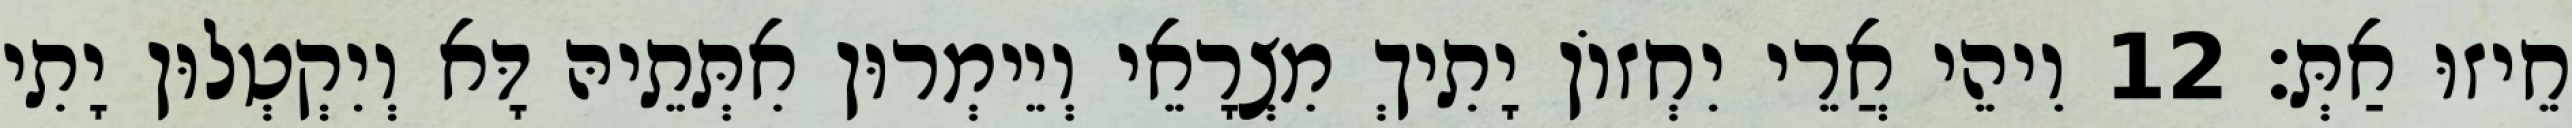
חֵיזוּ אַתְּ׃ 12 וִיהֵי אֲרֵי יִחְזוֹן יָתִיךְ מִצְרָאֵי וְיֵימְרוּן אִתְּתֵיהּ דָּא וְיִקְטְלוּן יָתִי